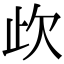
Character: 𣢃